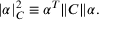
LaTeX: | \alpha | _ { C } ^ { 2 } \equiv \alpha ^ { T } \| C \| \alpha .